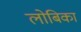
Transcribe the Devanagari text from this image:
लोबिका